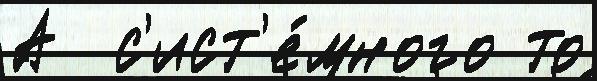
А  с'ист'е́много то